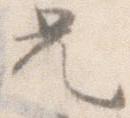
兄